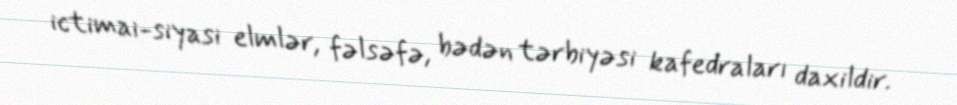
ictimai-siyasi elmlər, fəlsəfə, bədən tərbiyəsi kafedraları daxildir.